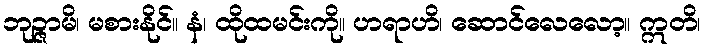
ဘုဉ္ဇာမိ၊ မစားနိုင်။ နံ၊ ထိုထမင်းကို။ ဟရာဟိ၊ ဆောင်လေလော့။ ဣတိ၊